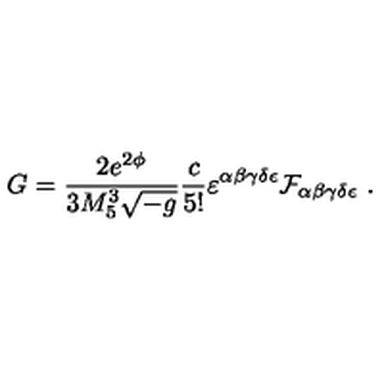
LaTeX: G = { \frac { 2 e ^ { 2 \phi } } { 3 M _ { 5 } ^ { 3 } \sqrt { - g } } } { \frac { c } { 5 ! } } \varepsilon ^ { \alpha \beta \gamma \delta \epsilon } { \cal F } _ { \alpha \beta \gamma \delta \epsilon } \ .